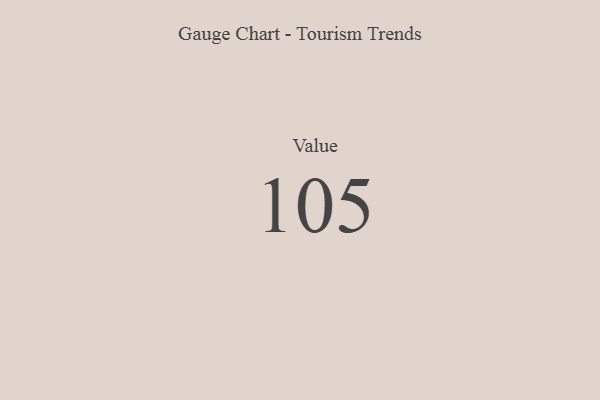
{"axis": {"x": "Metric", "y": "Value"}, "legend": [""], "data": [{"x": "Value", "y": 105, "type": ""}]}